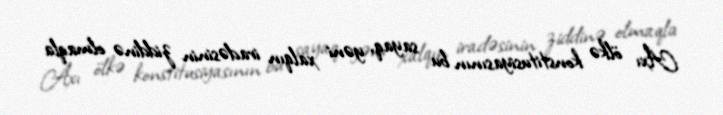
Axı ölkə konstitusiyasının bu sayaq, yəni xalqın iradəsinin ziddinə olmaqla